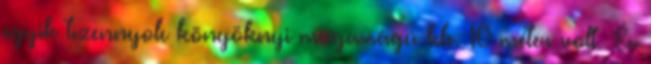
egyik tizennyolc könyöknyi magasságú kb. 10 méter volt. És